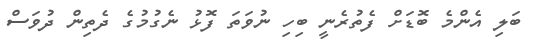
ބަލި އެންމެ ބޮޑަށް ފެތުރެނީ ބިހި ނުވަތަ ފޮޅު ނެގުމުގެ ދެތިން ދުވަސް